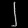
Digit: ၂